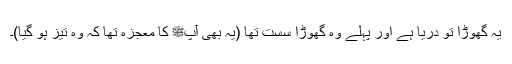
یہ گھوڑا تو دریا ہے اور پہلے وہ گھوڑا سست تھا (یہ بھی آپﷺ کا معجزہ تھا کہ وہ تیز ہو گیا)۔